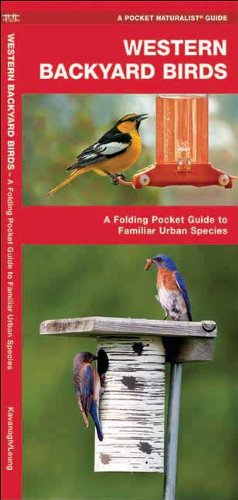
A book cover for Western Backyard Birds: A Folding Pocket Guide to Familiar Urban Species (Pocket Naturalist Guide Series); James Kavanagh; Travel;